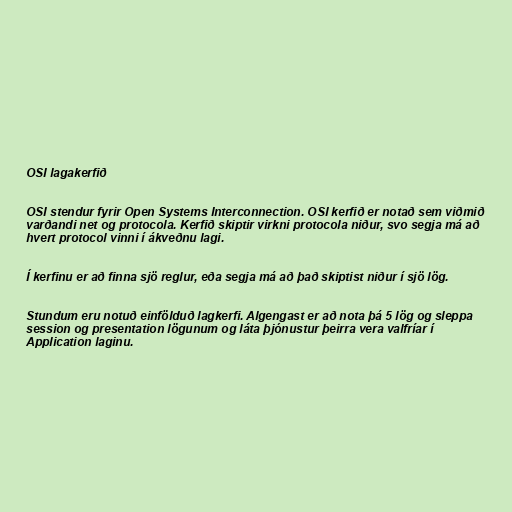
OSI lagakerfið

OSI stendur fyrir Open Systems Interconnection. OSI kerfið er notað sem viðmið
varðandi net og protocola. Kerfið skiptir virkni protocola niður, svo segja má að
hvert protocol vinni í ákveðnu lagi.

Í kerfinu er að finna sjö reglur, eða segja má að það skiptist niður í sjö lög.

Stundum eru notuð einfölduð lagkerfi. Algengast er að nota þá 5 lög og sleppa
session og presentation lögunum og láta þjónustur þeirra vera valfríar í
Application laginu.